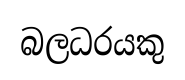
බලධරයකු